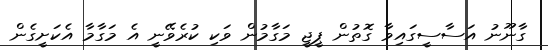
ގާނޫނު އަސާސީގައިވާ ގޮތުން ޕީޖީ މަގާމުން ވަކި ކުރެވޭނީ އެ މަގާމާ އެކަށީގެން